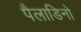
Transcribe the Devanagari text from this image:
पैलाडिनो